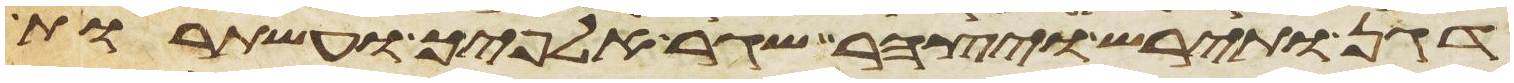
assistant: דגן ותירש ויצהר שגר אלפיך ועשתרות